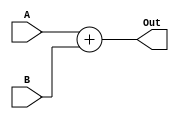
`timescale 1ns / 1ps
//////////////////////////////////////////////////////////////////////////////////
// Company: 
// Engineer: 
// 
// Design Name: 
// Module Name: Adder
// Project Name: 
// Target Devices: 
// Tool Versions: 
// Description: 
// 
// Dependencies: 
// 
// Revision:
// Revision 0.01 - File Created
// Additional Comments:
// 
//////////////////////////////////////////////////////////////////////////////////


module Adder(
    input [63:0] A,
    input [63:0] B,
    output reg [63:0] Out
);
    always @(A or B)
        Out <= A + B;
endmodule